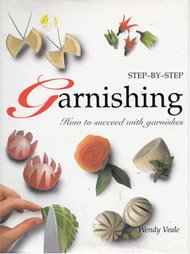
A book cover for Garnishing; Wendy Veale; Cookbooks, Food & Wine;